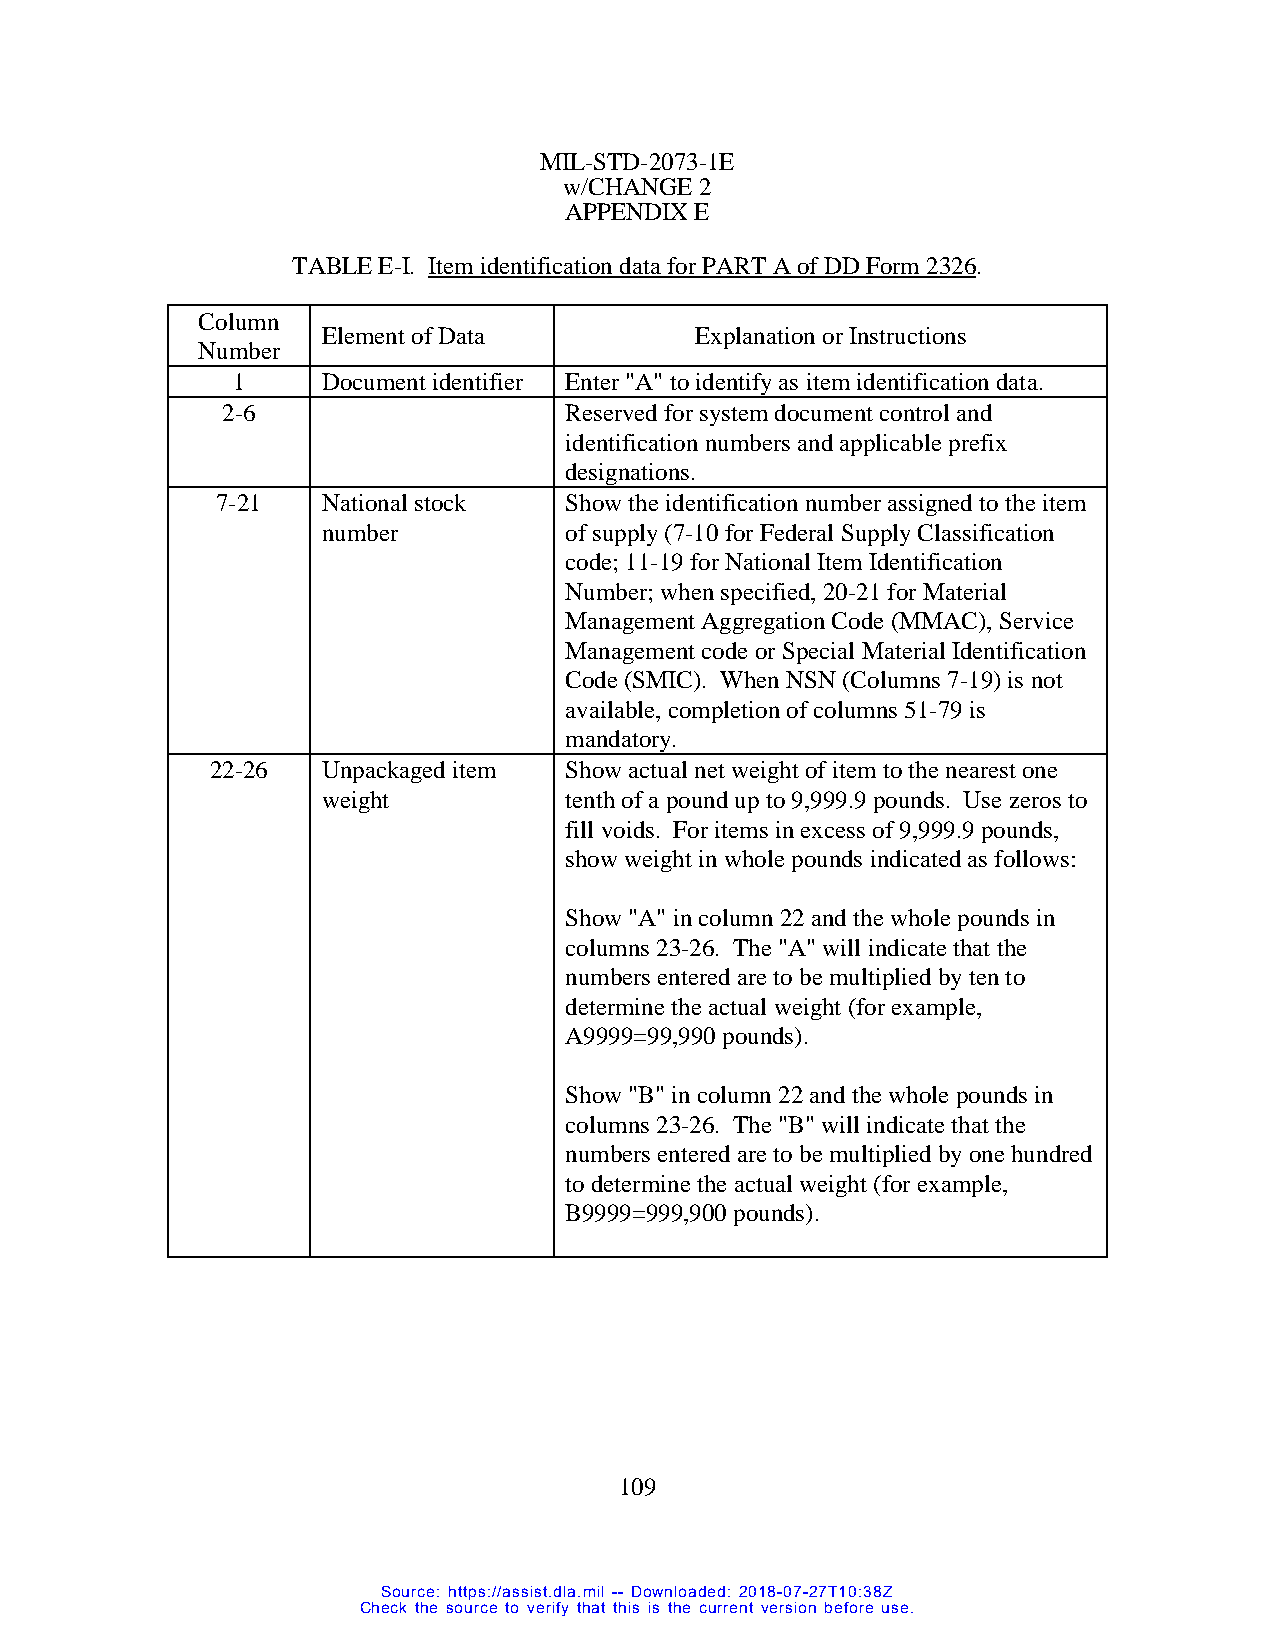
MIL-STD-2073-1E
 w/CHANGE 2
 APPENDIX E
 TABLE E-I. Item identification data for PART A of DD Form 2326.
 Column
 Element of Data          Explanation or Instructions
 Number
 1     Document identifier Enter "A" to identify as item identification data.
 2-6                   Reserved for system document control and
 identification numbers and applicable prefix
 designations.
 7-21   National stock  Show the identification number assigned to the item
 number          of supply (7-10 for Federal Supply Classification
 code; 11-19 for National Item Identification
 Number; when specified, 20-21 for Material
 Management Aggregation Code (MMAC), Service
 Management code or Special Material Identification
 Code (SMIC). When NSN (Columns 7-19) is not
 available, completion of columns 51-79 is
 mandatory.
 22-26  Unpackaged item Show actual net weight of item to the nearest one
 weight          tenth of a pound up to 9,999.9 pounds. Use zeros to
 fill voids. For items in excess of 9,999.9 pounds,
 show weight in whole pounds indicated as follows:
 Show "A" in column 22 and the whole pounds in
 columns 23-26. The "A" will indicate that the
 numbers entered are to be multiplied by ten to
 determine the actual weight (for example,
 A9999=99,990 pounds).
 Show "B" in column 22 and the whole pounds in
 columns 23-26. The "B" will indicate that the
 numbers entered are to be multiplied by one hundred
 to determine the actual weight (for example,
 B9999=999,900 pounds).
 109
 Source: https://assist.dla.mil -- Downloaded: 2018-07-27T10:38Z
 Check the source to verify that this is the current version before use.